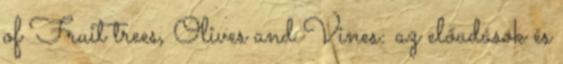
of Fruit trees, Olives and Vines: az előadások és